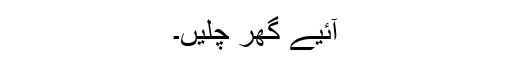
آئیے گھر چلیں۔